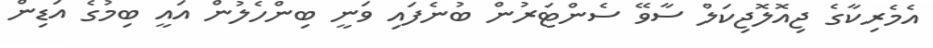
އެމެރިކާގެ ޖިއޮލޮޖިކަލް ސާވޭ ސެންޓަރުން ބުނެފައި ވަނީ ބިންހެލުން އައީ ބިމުގެ އަޑިން